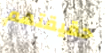
حقيقتهم